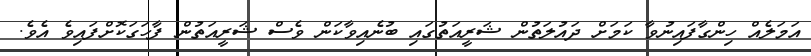
އަމަލެއް ހިންގާފައިނުވާ ކަމަށް ދައުލަތުން ޝަރީއަތުގައި ބުނެއިވާކަން ވެސް ޝަރީއަތުން ފާހަގަކޮށްފައިވެ އެވެ.